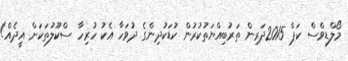
މޯލްޑިވްސް ކަޕް 2015ދަރިން ތަރުބިއްޔަތުކުރުން ކުޑަކުދިންގެ ދުވަހާ އެކު ހުރިހާ ސްކޫލުތަކަށް އީދެއް!